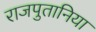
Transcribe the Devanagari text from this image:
राजपुतानिया